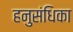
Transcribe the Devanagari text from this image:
हनुसंधिका